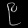
Digit: ၉